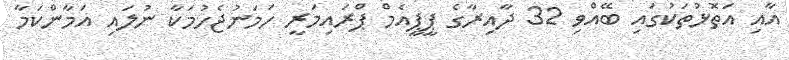
އާއި އަތޮޅުތަކުގައި ބޭއްވި 32 ދާއިރާގެ ޕީޕީއެމް ޕްރައިމަރީ ހަމަނުޖެހުމަކާ ނުލައި އަމާންކަމާ